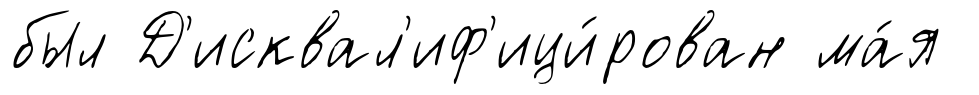
был Д'исквал'иф'ици́рован ма́я